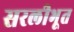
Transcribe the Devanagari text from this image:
सरलीभूत